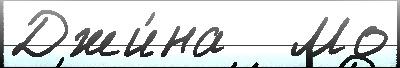
Джи́на   Мо